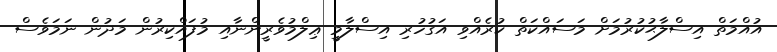
އުއްމަތް އިސްލާޙުކުރުމަށް މަސައްކަތް ކުރެއްވި އަގުހުރި އިސްލާމީ ޢިލްމުވެރީންނާއި މުފައްކިރުން މަދުން ނަމަވެސް